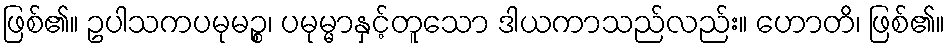
ဖြစ်၏။ ဥပါသကပမုမဉ္စ၊ ပမုမ္မာနှင့်တူသော ဒါယကာသည်လည်း။ ဟောတိ၊ ဖြစ်၏။